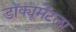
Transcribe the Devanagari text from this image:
डॉक्यूमेंटला